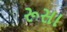
રૂસા